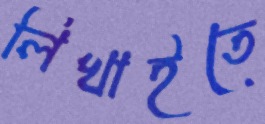
লিখাইতে